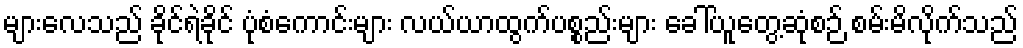
များလေသည် ခိုင်ရဲခိုင် ပုံစံကောင်းများ လယ်ယာထွက်ပစ္စည်းများ ခေါ်ယူတွေ့ဆုံစဉ် စမ်းမိလိုက်သည်